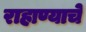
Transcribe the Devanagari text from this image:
राहाण्याचे